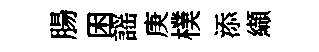
腸困謡庚樸添纈